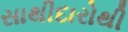
સાથીદારોથી